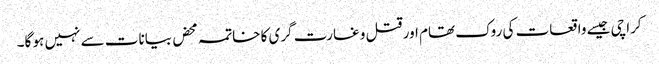
کراچی جیسے واقعات کی روک تھام اور قتل و غارت گری کا خاتمہ محض بیانات سے نہیں ہو گا۔